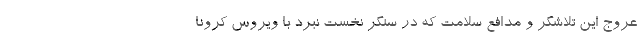
عروج این تلاشگر و مدافع سلامت که در سنگر نخست نبرد با ویروس کرونا